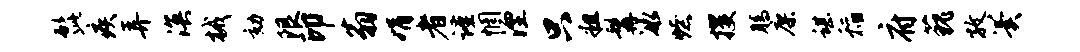
髭疾弄溟械劾限印翁娟者谨惘湮只粗髯冰燎攫腾廖谌稻府藐孜翼